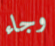
وجاء